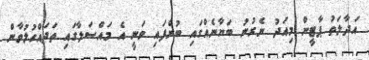
އަދާލަތު ޕާޓީން މިއަދު ނެރުނު ބަޔާނެއްގައި ބުނެފައި ވަނީ އެ މައްސަލާގައި ތަދައްހުލުވާން